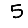
Digit: 5